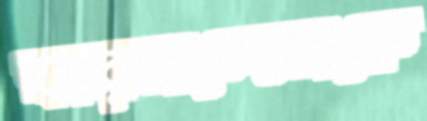
ফারনান্দেসকে